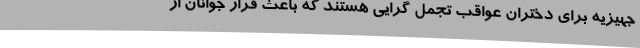
جهیزیه برای دختران عواقب تجمل گرایی هستند که باعث فرار جوانان از